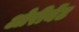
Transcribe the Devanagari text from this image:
ओरीयेंट